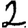
Digit: 2